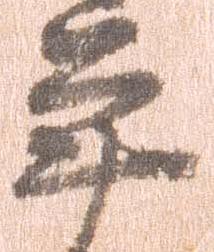
年